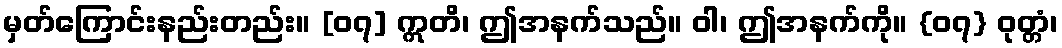
မှတ်ကြောင်းနည်းတည်း။ [၀၇] ဣတိ၊ ဤအနက်သည်။ ဝါ၊ ဤအနက်ကို။ {၀၇} ဝုတ္တံ၊